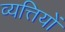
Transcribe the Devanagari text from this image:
व्यत्तियों